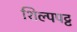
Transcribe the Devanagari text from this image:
शिल्पपट्ट